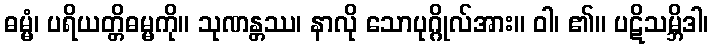
ဓမ္မံ၊ ပရိယတ္တိဓမ္မကို။ သုဏန္တဿ၊ နာလို သောပုဂ္ဂိုလ်အား။ ဝါ၊ ၏။ ပဋိသမ္ဘိဒါ၊